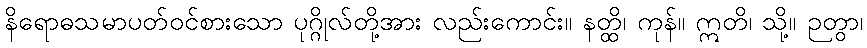
နိရောဓသမာပတ်ဝင်စားသော ပုဂ္ဂိုလ်တို့အား လည်းကောင်း။ နတ္ထိ၊ ကုန်။ ဣတိ၊ သို့။ ဉတွာ၊